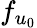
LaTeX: f_{u_{0}}